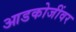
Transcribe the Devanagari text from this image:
आडकोजींवर